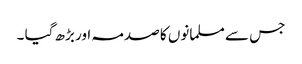
جس سے مسلمانوں کا صدمہ اور بڑھ گیا ۔